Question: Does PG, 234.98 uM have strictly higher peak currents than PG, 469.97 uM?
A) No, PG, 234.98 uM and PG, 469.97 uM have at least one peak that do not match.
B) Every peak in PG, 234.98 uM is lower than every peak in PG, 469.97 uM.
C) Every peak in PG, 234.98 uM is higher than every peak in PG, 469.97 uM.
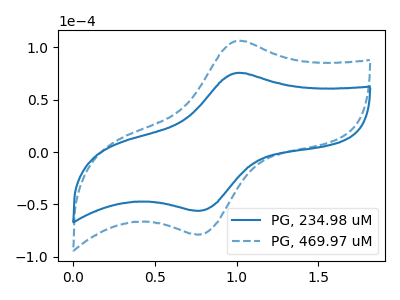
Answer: <think>The blue curve "PG, 234.98 uM" has an anodic peak at (1.00V, 75.55uA) and a cathodic peak at (0.75V, -55.85uA). The blue dashed curve "PG, 469.97 uM" has an anodic peak at (1.00V, 106.15uA) and a cathodic peak at (0.75V, -78.50uA).</think>
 <answer>B) Every peak in "PG, 234.98 uM" is lower than every peak in "PG, 469.97 uM".</answer>
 <eval>B</eval>